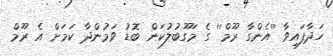
ހަދާފައިވާ ''އެންގާ ރޫމް'' ގެ މަގޫބުލުކަން ބޮޑު ވަމުންދާ ކަމަށް އެ ރޫމް